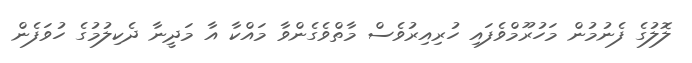
ލޮލުގެ ފެނުމުން މަހުރޫމްވެފައި ހުރިއިރުވެސް މާތްވެގެންވާ މައްކާ އާ މަދީނާ ދެކިލުމުގެ ހުވަފެން